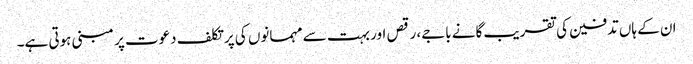
ان کے ہاں تدفین کی تقریب گانے باجے، رقص اور بہت سے مہمانوں کی پرتکلف دعوت پر مبنی ہوتی ہے۔